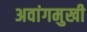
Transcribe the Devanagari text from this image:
अवांगमुखी